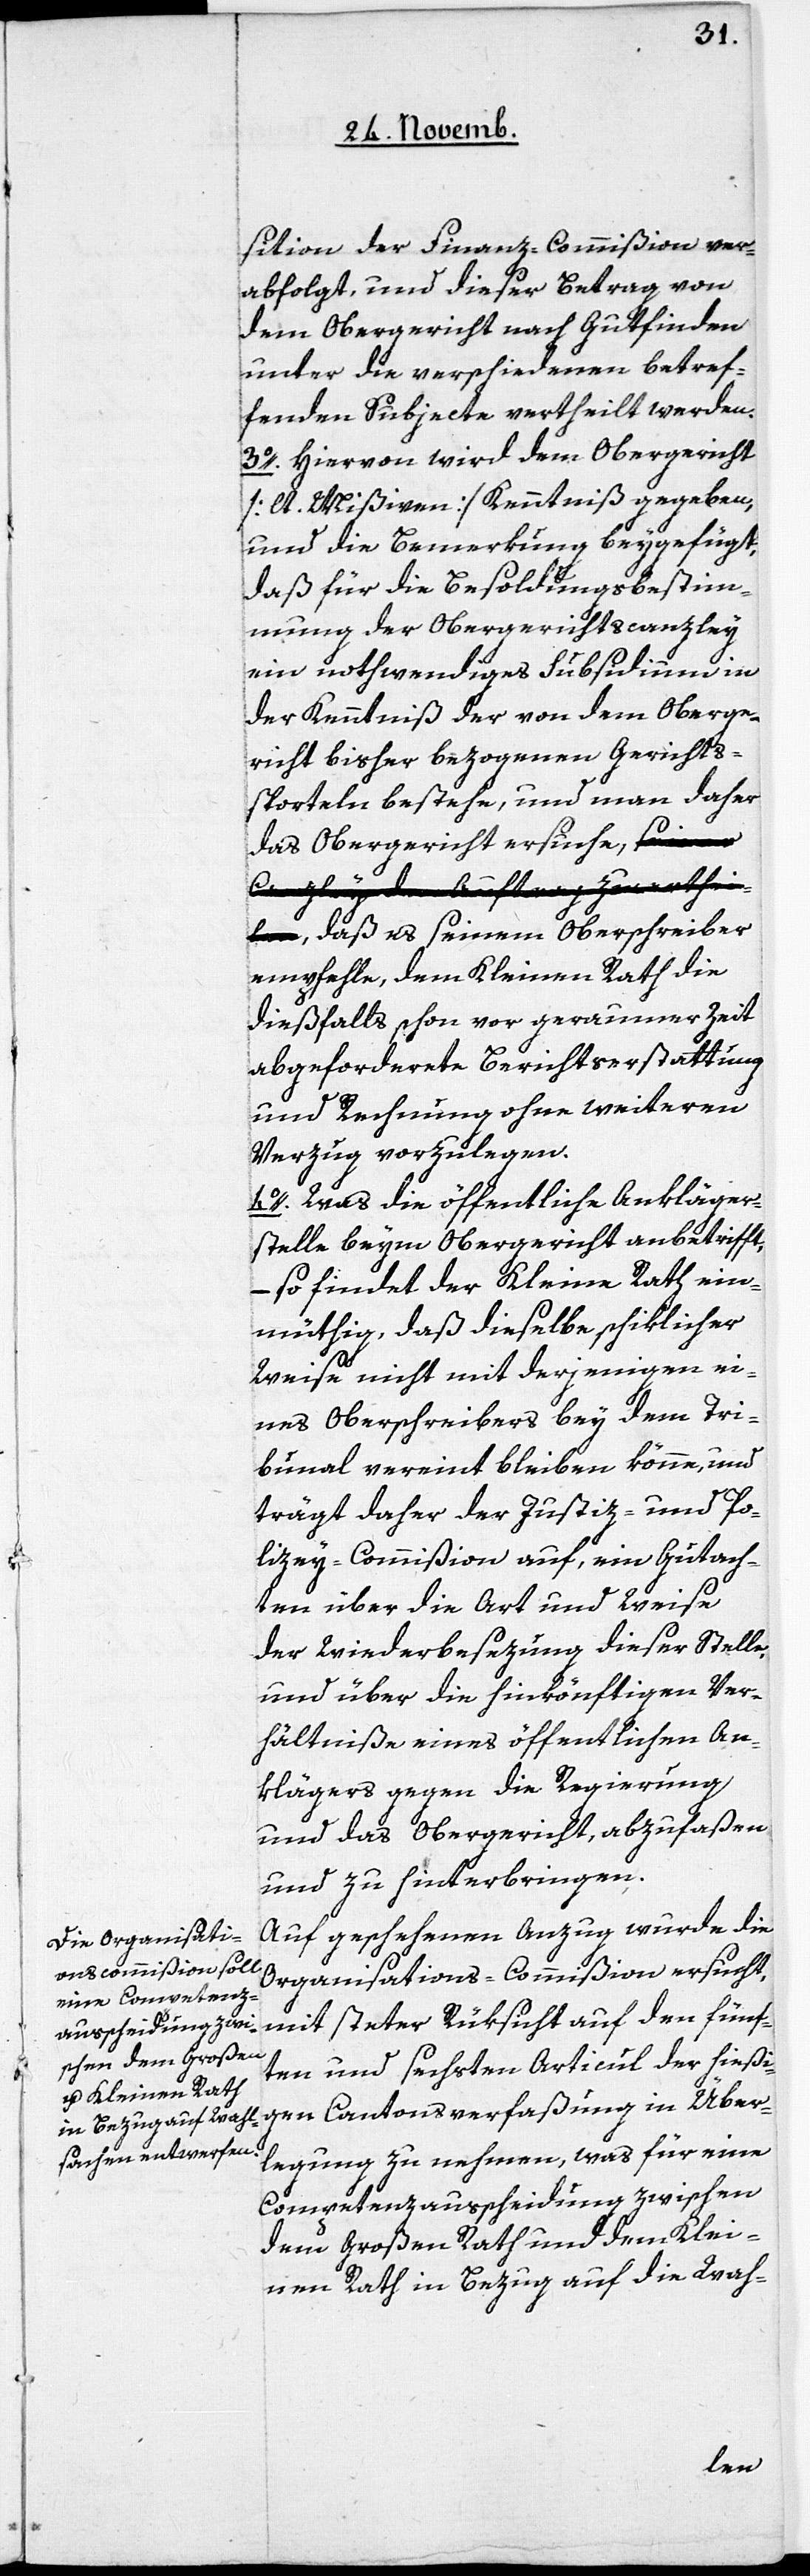
sition der Finanz-Commißion ver¬
abfolgt, und dieser Betrag von
dem Obergericht nach Gutfinden
unter die verschiedenen betref¬
fenden Subjecte vertheilt werden.
3. Hiervon wird dem Obergericht
[lt. Mißiven] Kenntniß gegeben,
und die Bemerkung beygefügt,
daß für die Besoldungsbestim¬
mung der Obergerichtscanzley
ein nothwendiges Subsidium in
der Kenntniß der von dem Oberge¬
richt bisher bezogenen Gerichts¬
sporteln bestehe, und man daher
das Obergericht ersuche, aseiner
Canzley den Auftrag zu erthei¬
lena, daß es seinem Oberschreiber
empfehle, dem kleinen Rath die
dießfalls schon vor geraumer Zeit
abgeforderte Berichterstattung
und Rechnung ohne weiteren
Verzug vorzulegen.
4. Was die öffentliche Ankläger¬
stelle beym Obergericht anbetrifft,
– so findet der Kleine Rath ein¬
müthig, daß dieselbe schiklicher
Weise nicht mit derjenigen ei¬
nes Oberschreibers bey dem Tri¬
bunal vereint bleiben könne, und
trägt daher der Justiz- und Po¬
lizey-Commißion auf, ein Gutach¬
ten über die Art und Weise
der Wiederbesezung dieser Stelle,
und über die hinkönftigen Ver¬
hältniße eines öffentlichen An¬
klägers gegen die Regierung
und das Obergericht, abzufaßen
und zu hinterbringen.
Auf geschehenen Anzug wurde die
Organisations-Commißion ersucht,
mit steter Rüksicht auf den fünf¬
ten und sechsten Articul der hießi¬
gen Cantonsverfaßung in Über¬
legung zu nehmen, was für eine
Compentenzausscheidung zwischen
dem Großen Rath und dem Klei¬
nen Rath in Bezug auf die Wah-